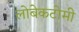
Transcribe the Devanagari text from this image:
लोबेकटोमी